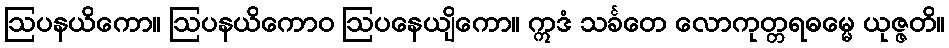
ဩပနယိကော။ ဩပနယိကောဝ ဩပနေယျိကော။ ဣဒံ သင်္ခတေ လောကုတ္တရဓမ္မေ ယုဇ္ဇတိ။